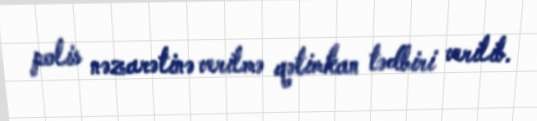
polis nəzarətinə verilmə qətimkan tədbiri verilib.